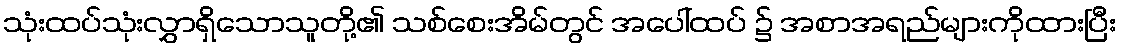
သုံးထပ်သုံးလွှာရှိသောသူတို့၏ သစ်စေးအိမ်တွင် အပေါ်ထပ် ၌ အစာအရည်များကိုထားပြီး